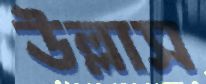
উল্লাস